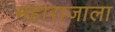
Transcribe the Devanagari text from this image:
महाराजाला